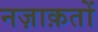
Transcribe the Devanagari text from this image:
नज़ाक़तों